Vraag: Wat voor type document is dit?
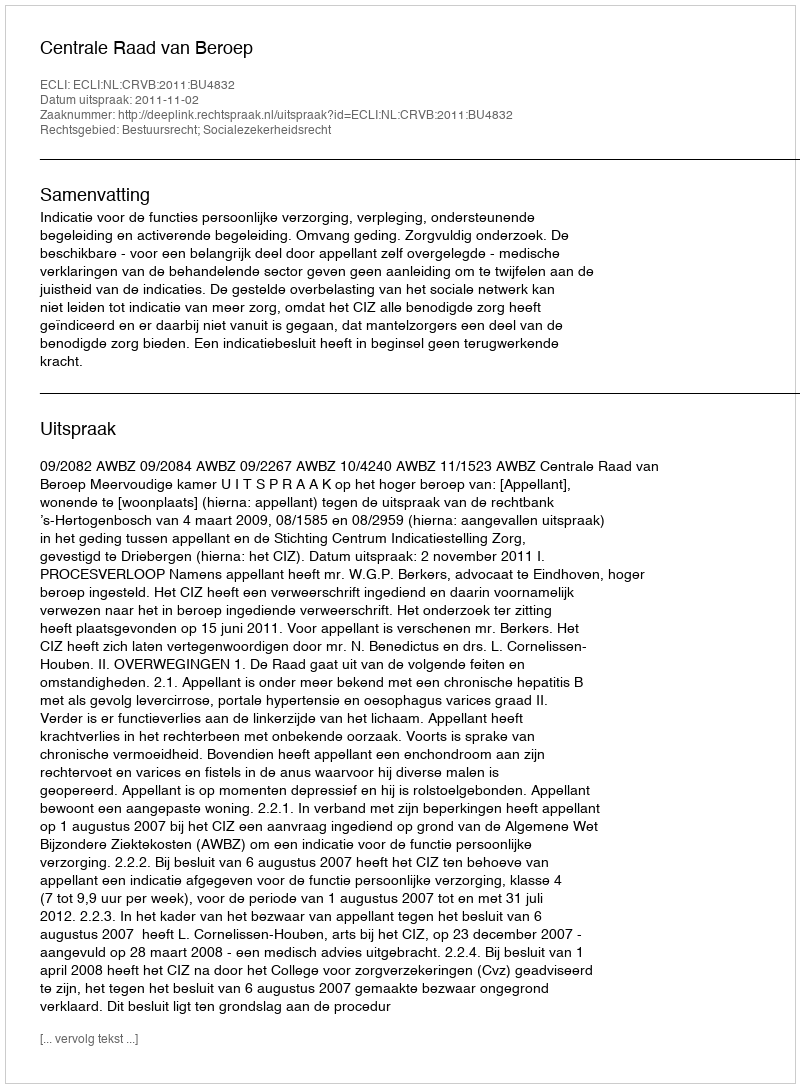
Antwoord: Uitspraak